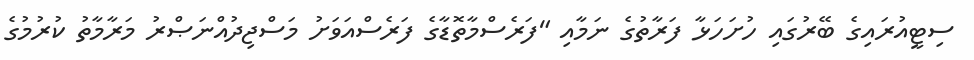
ސިޓީއުރައިގެ ބޭރުގައި ހުށަހަޅާ ފަރާތުގެ ނަމާއި "ފަރެސްމާތޮޑާގެ ފަރެސްއަވަށު މަސްޖިދުއްނަޞްރު މަރާމާތު ކުރުމުގެ